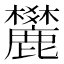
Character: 𪋤